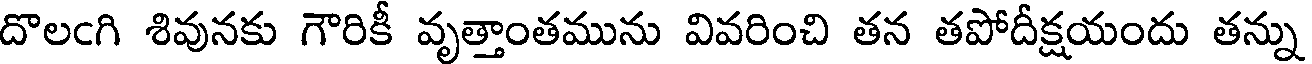
దొలఁగి శివునకు గౌరికీ వృత్తాంతమును వివరించి తన తపోదీక్షయందు తన్ను